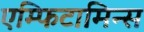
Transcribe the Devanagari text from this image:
एम्फिटामिन्स